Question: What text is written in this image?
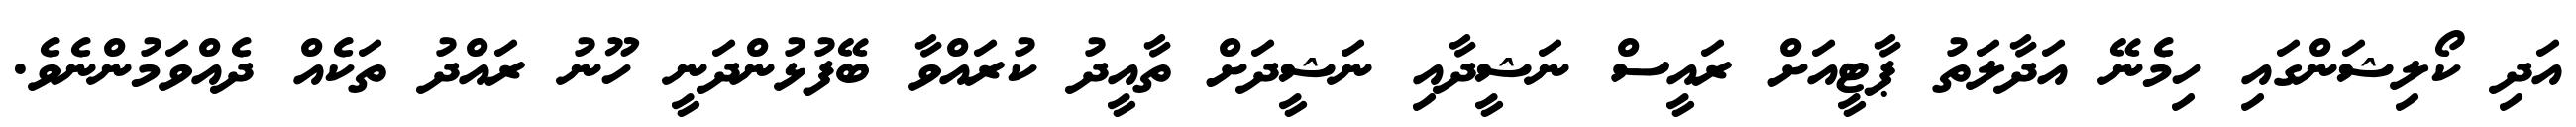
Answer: އަދި ކޯލިޝަންގައި ހިމެނޭ އަދާލަތު ޕާޓީއަށް ރައީސް ނަޝީދާއި ނަޝީދަށް ތާއީދު ކުރައްވާ ބޭފުޅުންދަނީ ހޫނު ރައްދު ތަކެއް ދެއްވަމުންނެވެ.